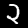
Label: 2